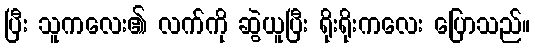
ပြီး သူကလေး၏ လက်ကို ဆွဲယူပြီး ရိုးရိုးကလေး ပြောသည်။